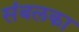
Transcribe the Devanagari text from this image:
संबलका